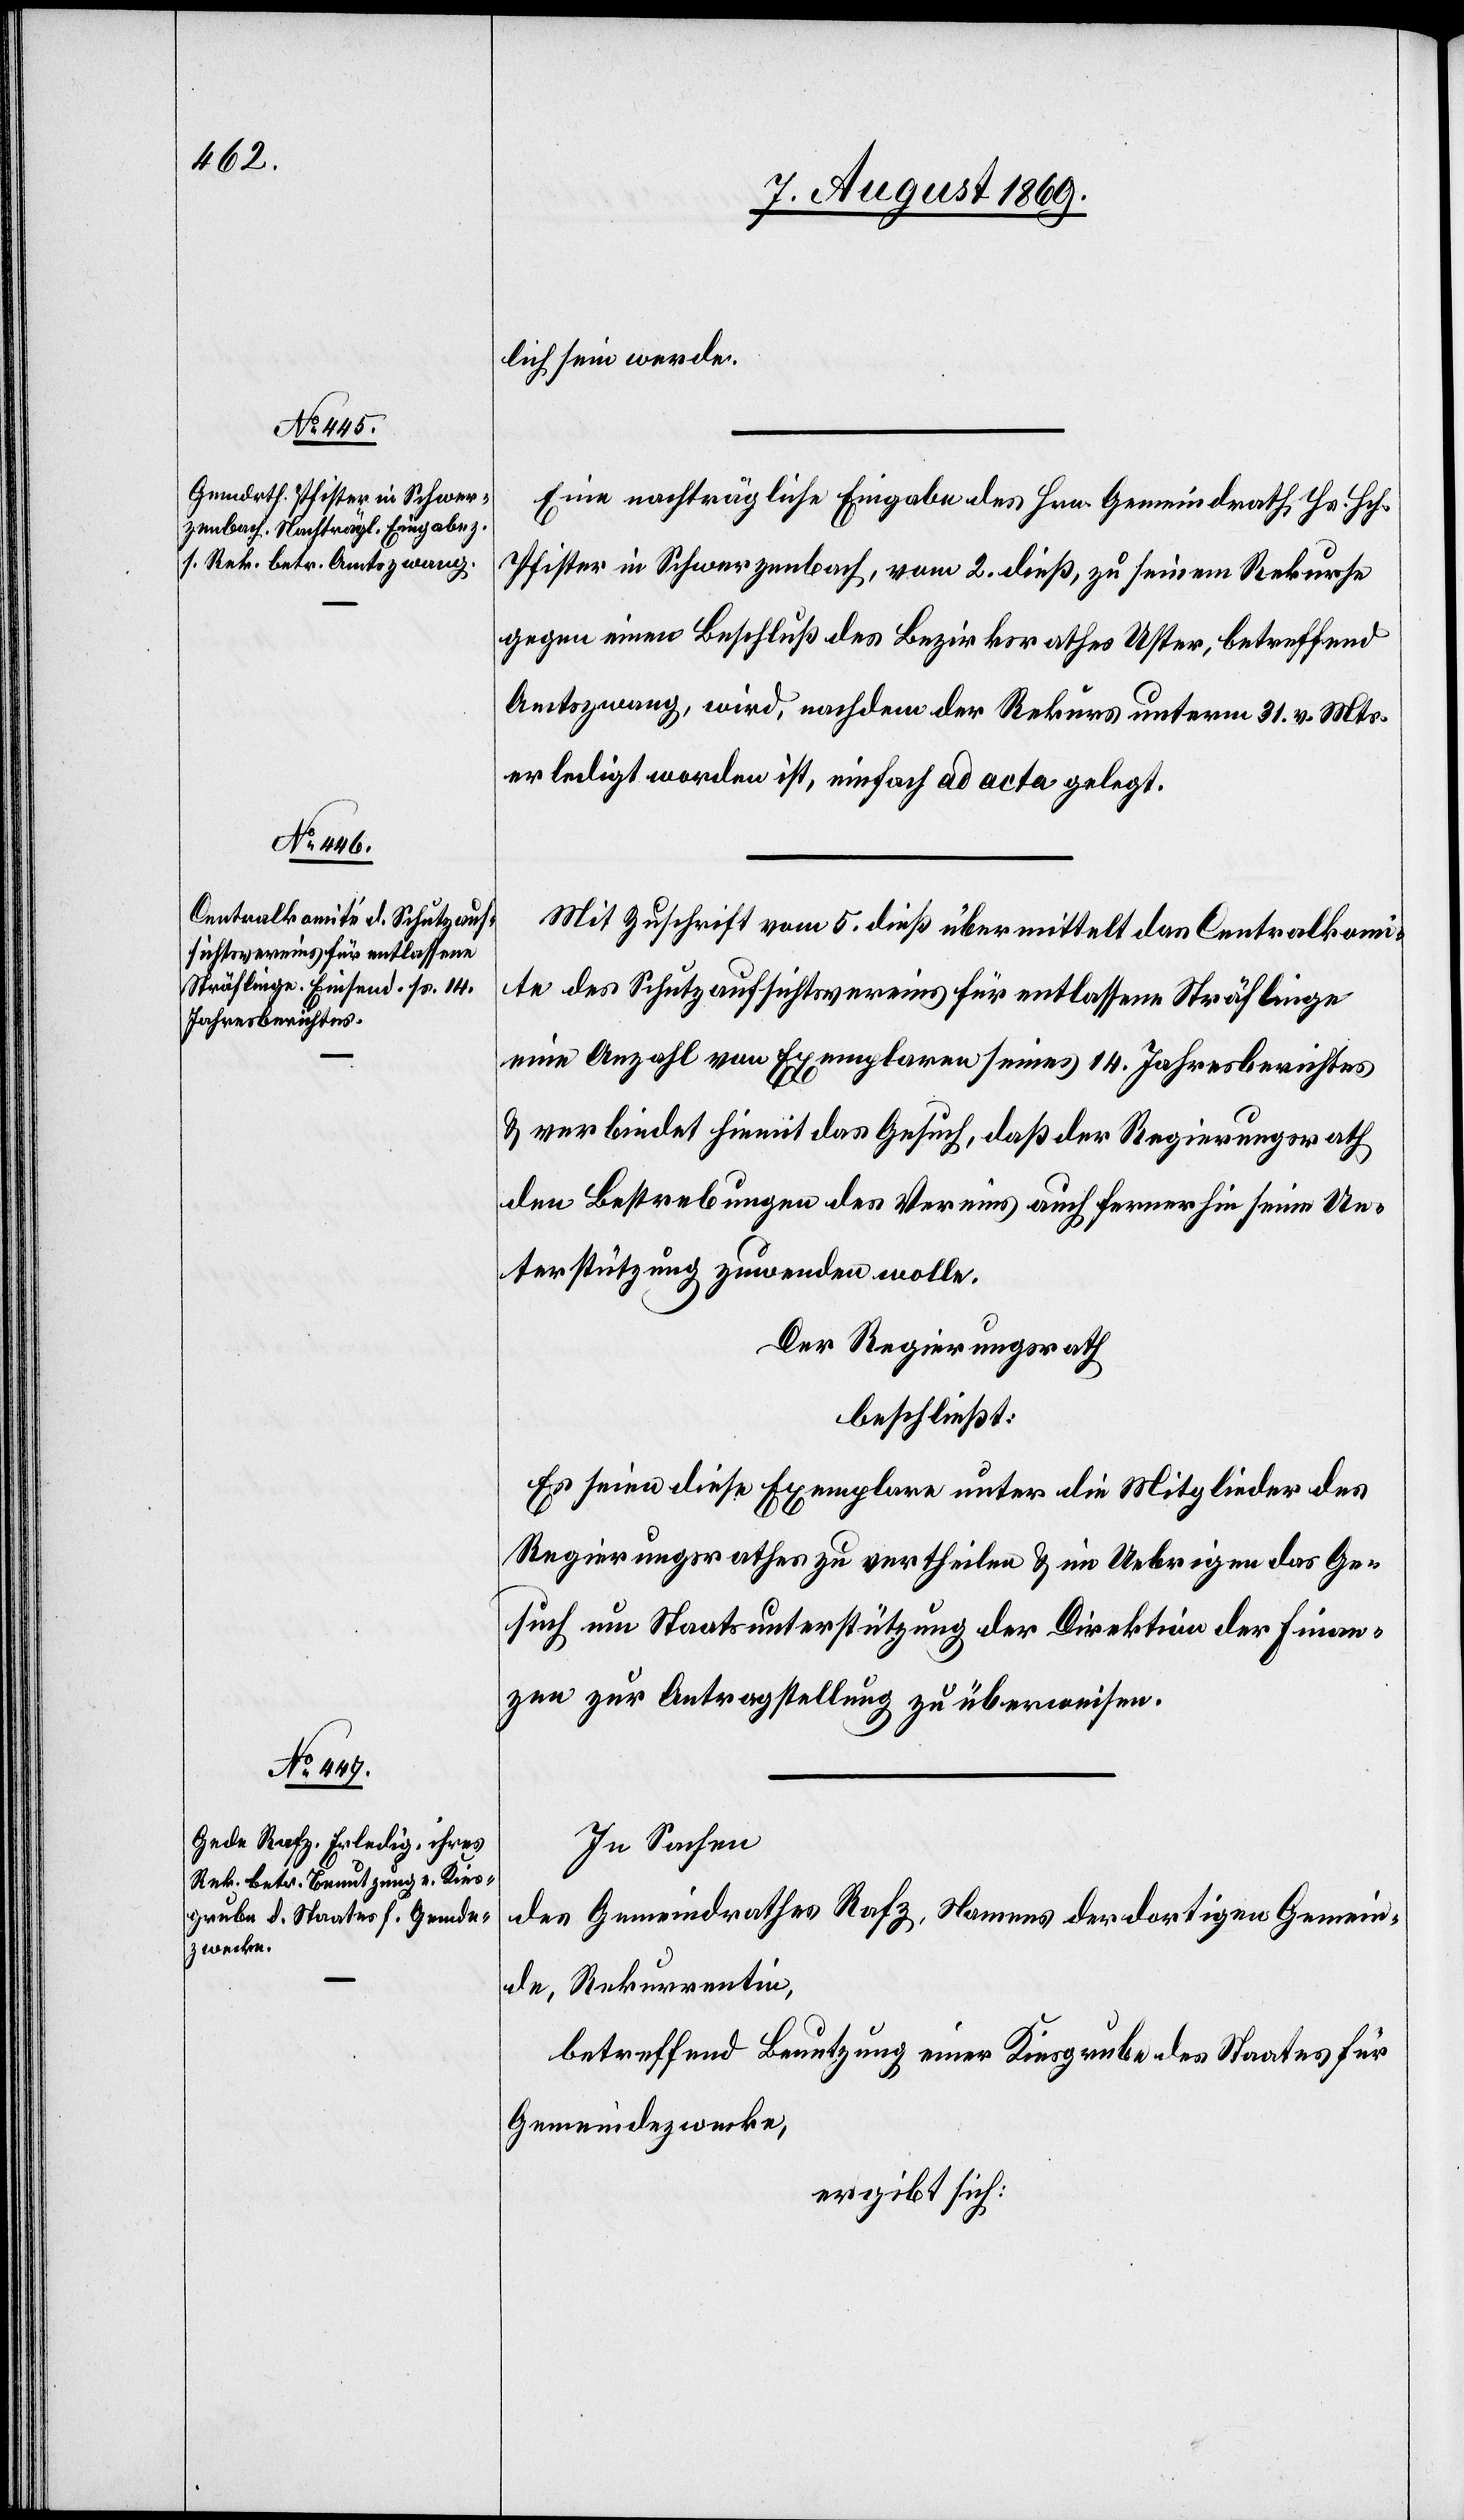
lich sein werde.
Eine nachträgliche Eingabe des Hrn. Gemeindrath Hs. Hch.
Pfister in Schwerzenbach, vom 2 dieß, zu seinem Rekurse
gegen einen Beschluß des Bezirksrathes Uster, betreffend
Amtszwang, wird, nachdem der Rekurs unterm 31 v. Mts.
erledigt worden ist, einfach ad acta gelegt.
Mit Zuschrift vom 5 dieß übermittelt das Centralkomi¬
te des Schutzaufsichtsvereines für entlassene Sträflinge
eine Anzahl von Exemplaren seines 14 Jahresberichtes
& verbindet hiemit das Gesuch, daß der Regierungsrath
den Bestrebungen des Vereines auch fernerhin seine Un¬
terstützung zuwenden wolle.
Der Regierungsrath
beschließt:
Es seien diese Exemplare unter die Mitglieder des
Regierungsrathes zu vertheilen & im Uebrigen das Ge¬
such um Staatsunterstützung der Direktion der Finan¬
zen zur Antragstellung zu überweisen.
In Sachen
des Gemeindrathes Rafz, Namens der dortigen Gemein¬
de, Rekurrentin,
betreffend Benutzung einer Kiesgrube des Staates für
Gemeindezwecke,
ergibt sich: